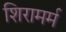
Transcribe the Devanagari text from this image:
शिरामर्म